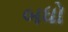
બધો